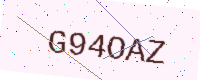
Text: G94OAZ